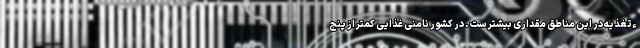
ءتغذیه در این مناطق مقداری بیشتر ست. در کشور نامنی غذایی کمتر از پنج